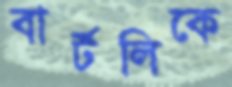
বার্টলিকে